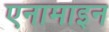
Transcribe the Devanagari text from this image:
एनामाइन